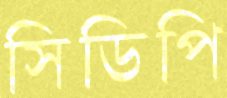
সিডিপি